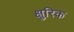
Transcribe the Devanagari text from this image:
क्षुरिक